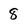
Character: 8